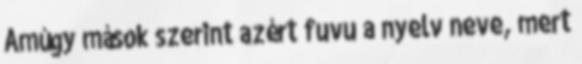
Amúgy mások szerint azért fuvu a nyelv neve, mert